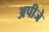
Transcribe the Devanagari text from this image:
अपीजे